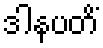
ဒါနပတိံ